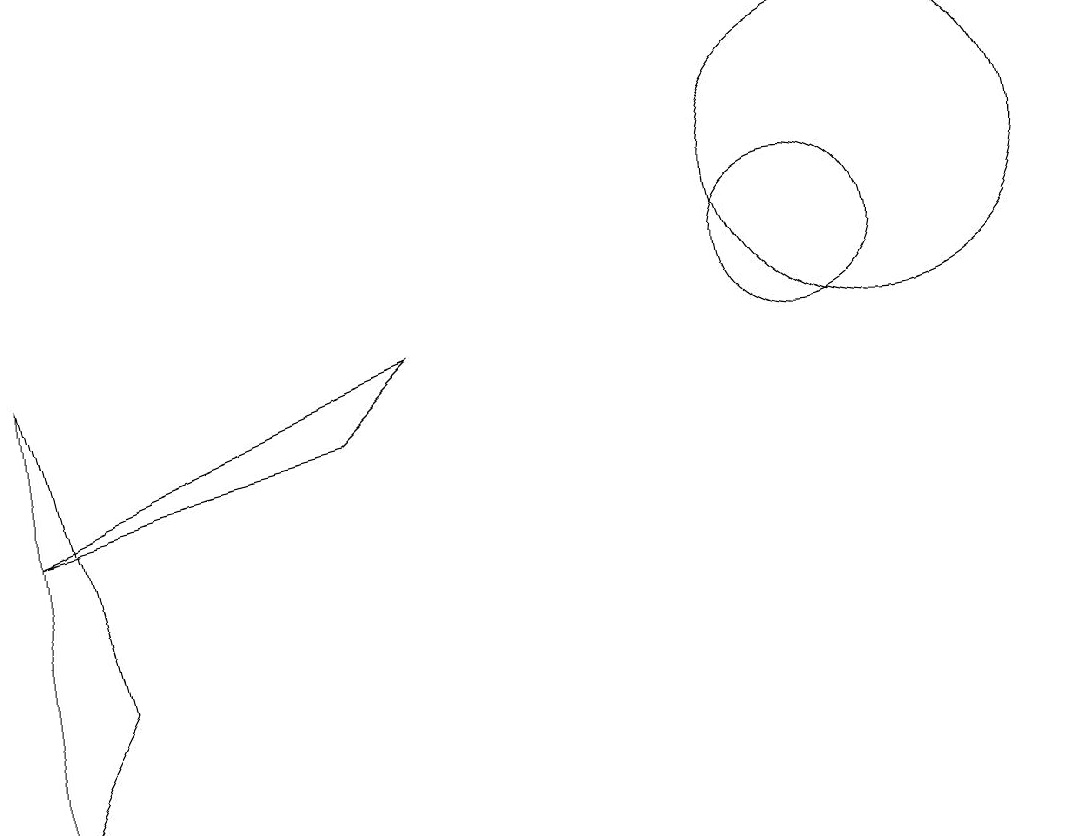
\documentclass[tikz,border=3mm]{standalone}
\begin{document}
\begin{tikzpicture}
\draw (11,10) circle (1);
\draw (1,7) -- (5,8) -- (6,9) -- cycle;
\draw (12,11) circle (2);
\draw (2,5) -- (1,9) -- (1,3) -- cycle;
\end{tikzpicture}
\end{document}